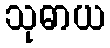
သုဓာယ